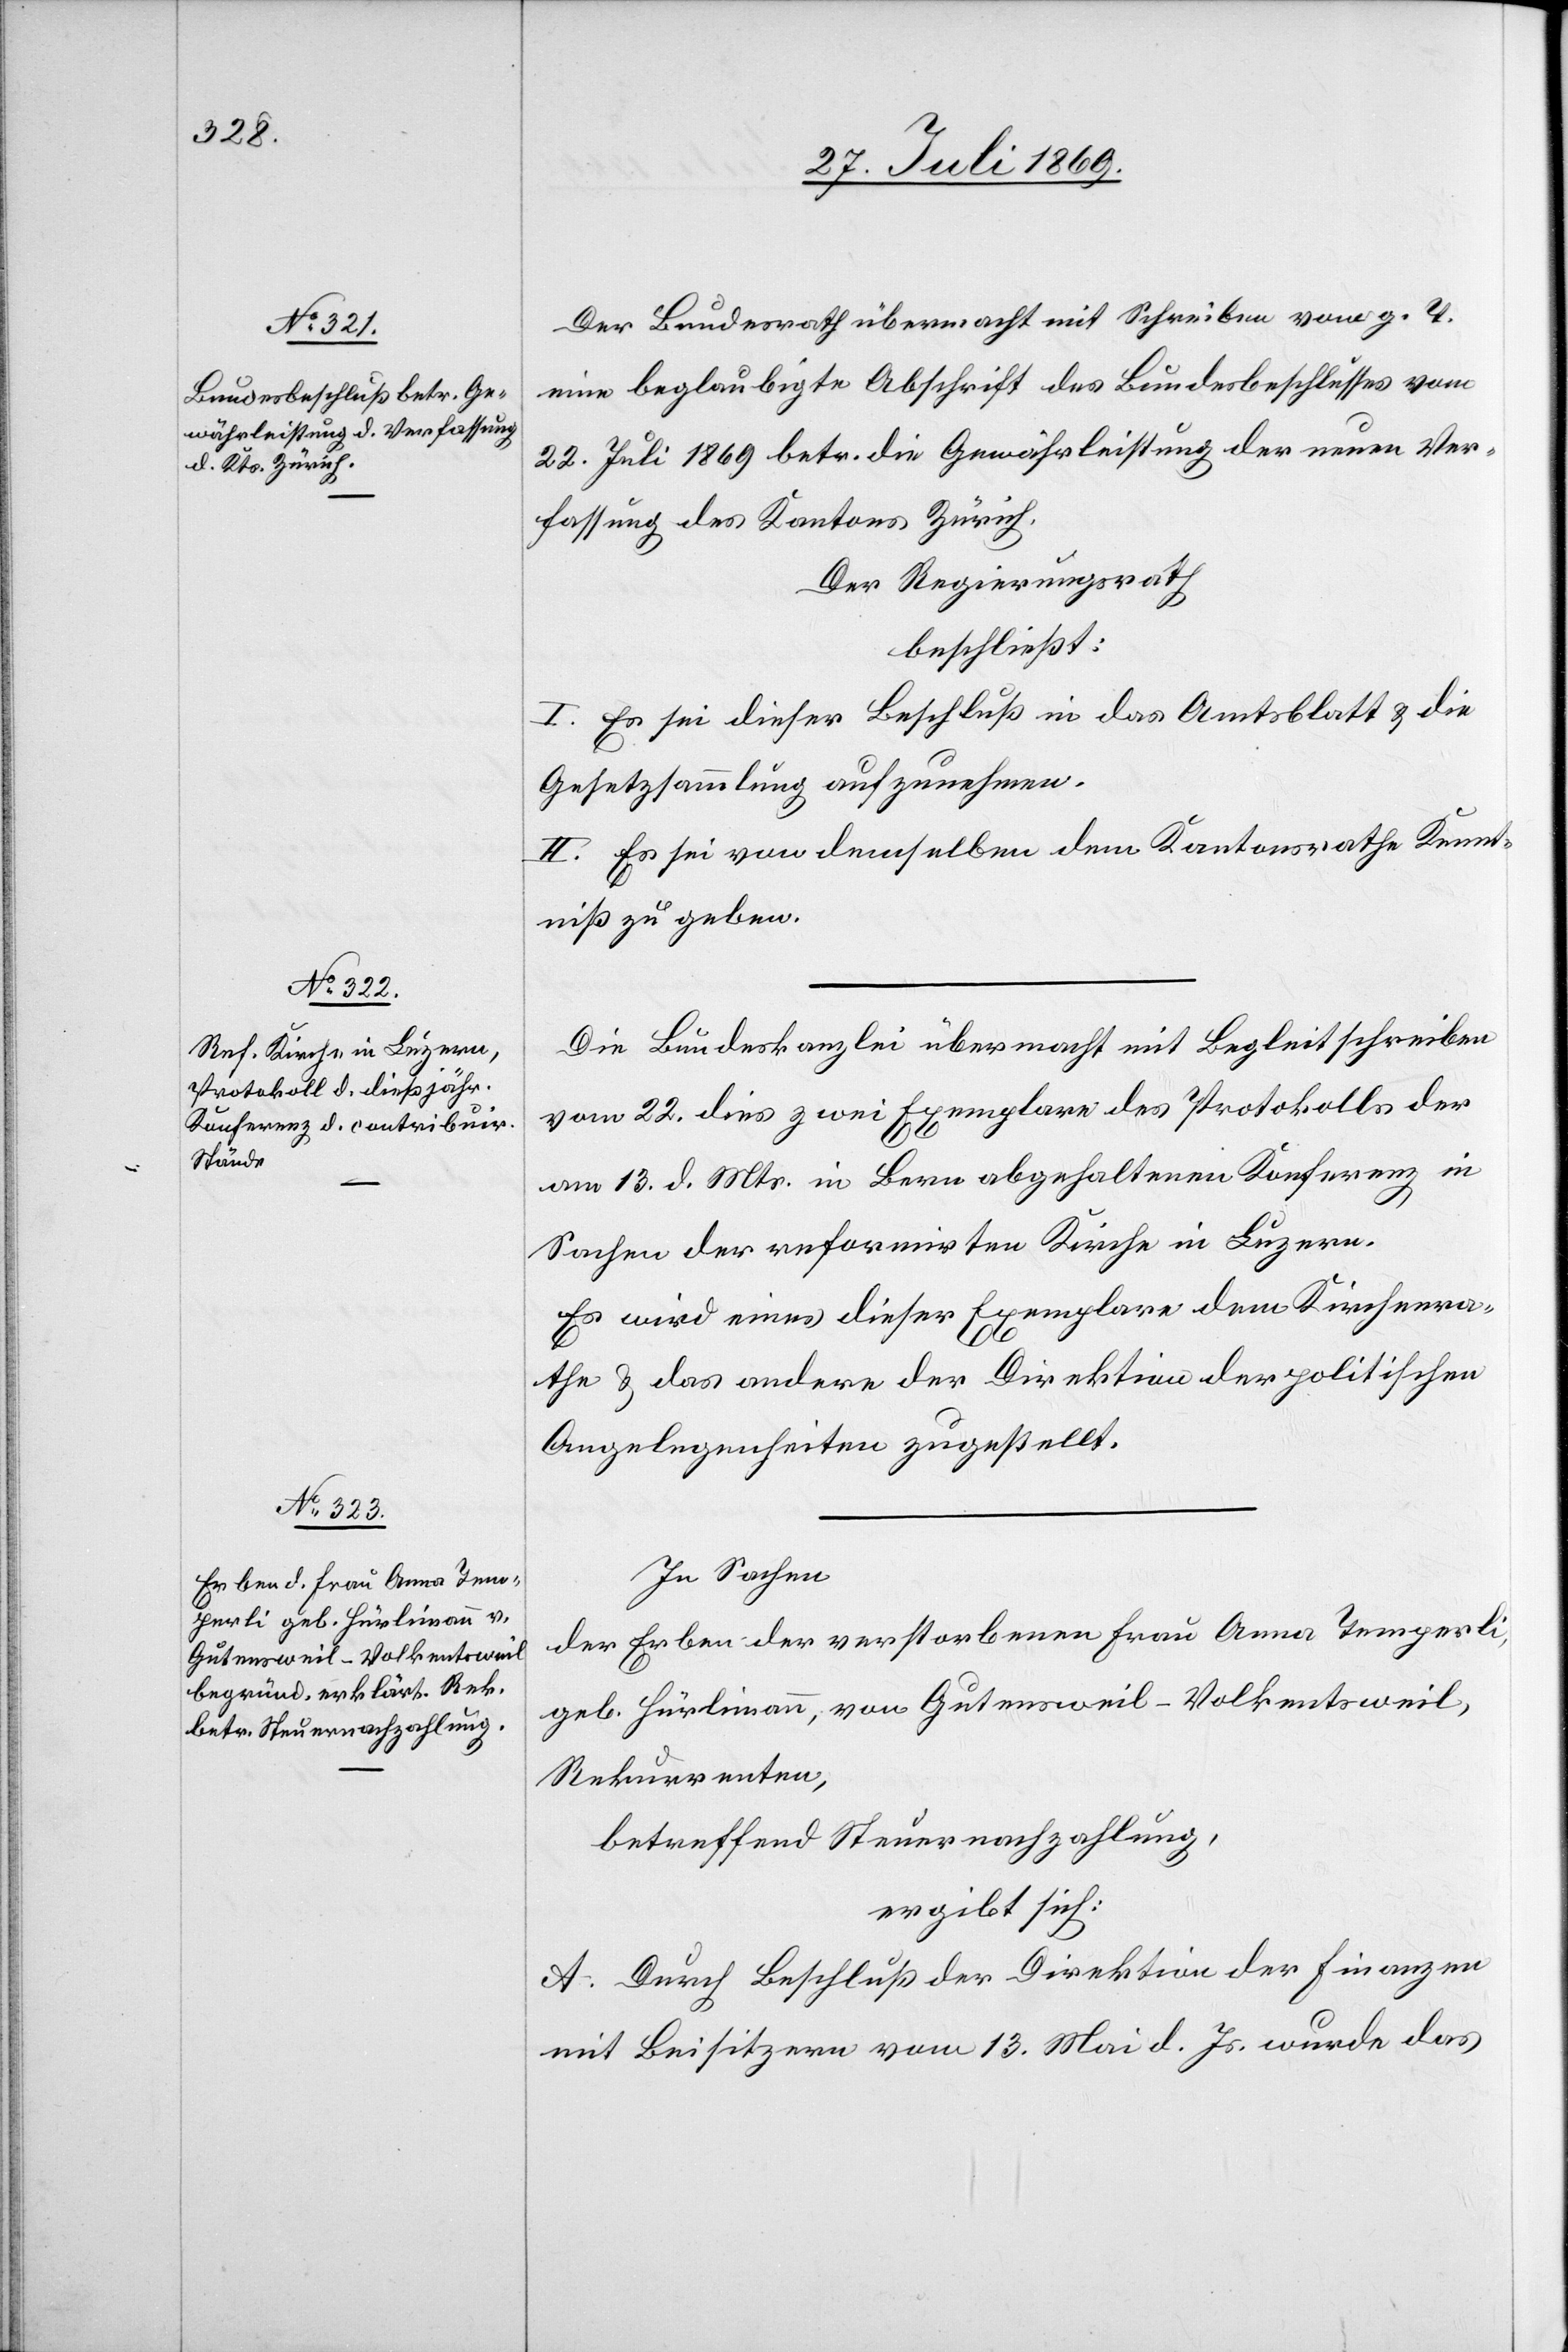
Der Bundesrath übermacht mit Schreiben vom g. T.
eine beglaubigte Abschrift des Bundesbeschlusses vom
22 Juli 1869 betr. die Gewährleistung der neuen Ver¬
fassung des Kantons Zürich.
Der Regierungsrath
beschließt:
I. Es sei dieser Beschluß in das Amtsblatt u. die
Gesetzessammlung aufzunehmen.
II. Es sei von denselben dem Kantonsrathe Kennt¬
niß zu geben.
Die Bundeskanzlei übermacht mit Begleitschreiben
vom 22 dies zwei Exemplare des Protokolls der
am 13 d. Mts. in Bern abgehaltenen Konferenz in
Sachen der reformirten Kirche in Luzern.
Es wird eines dieser Exemplare dem Kirchenra¬
the u. das andere der Direktion der politischen
Angelegenheiten zugestellt.
In Sachen
der Erben der verstorbenen Anna Temperli,
geb. Hürlimann, von Gutensweil-Volkentsweil,
Rekurrenten,
betreffend Steuernachzahlung,
ergibt sich:
A. Durch Beschluß der Direktion der Finanzen
mit Beisitzern vom 13 Mai d. Js. wurde das